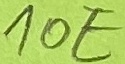
Text: 10E